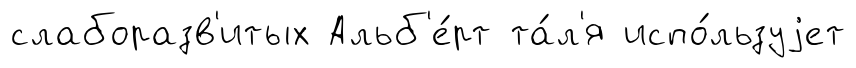
слаборазв'итых Альб'е́рт та́л'я испо́льзуjет